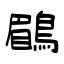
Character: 鶥